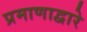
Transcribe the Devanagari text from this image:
प्रमाणाद्वारे